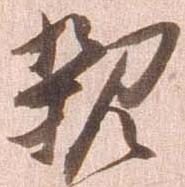
親